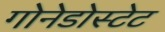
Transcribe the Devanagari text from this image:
गोनेडोस्टेट